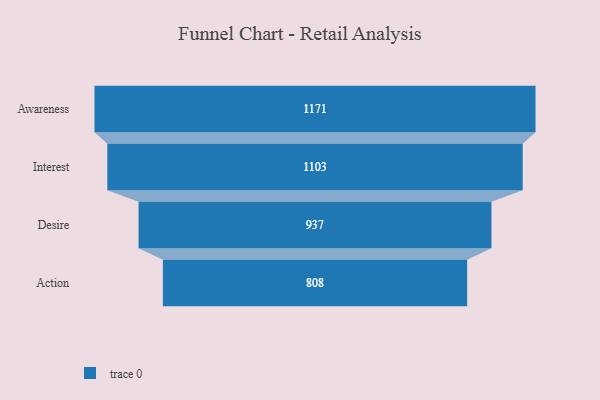
{"axis": {"x": "Stage", "y": "Value"}, "legend": [""], "data": [{"x": "Awareness", "y": 1171.0, "type": ""}, {"x": "Interest", "y": 1103.0, "type": ""}, {"x": "Desire", "y": 937.0, "type": ""}, {"x": "Action", "y": 808.0, "type": ""}]}